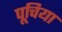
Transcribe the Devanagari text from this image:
पूचिया